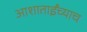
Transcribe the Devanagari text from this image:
आशाताईंच्याच